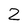
Character: 2